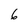
Character: 6